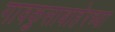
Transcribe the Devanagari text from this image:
गावकुसाबाहेरच्या